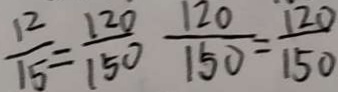
\frac { 1 2 } { 1 5 } = \frac { 1 2 0 } { 1 5 0 } \frac { 1 2 0 } { 1 5 0 } = \frac { 1 2 0 } { 1 5 0 }